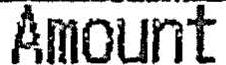
AMOUNT